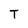
Character: T